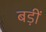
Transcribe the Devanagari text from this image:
बड़ीं